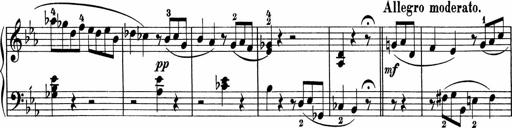
Title: 5 Sonatinen fÃ¼r die Jugend
Composer: Carl Reinecke